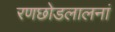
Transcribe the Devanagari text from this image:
रणछोडलालनां